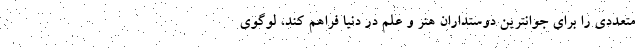
متعددی را برای جوانترین دوستداران هنر و علم در دنیا فراهم کند، لوگوی